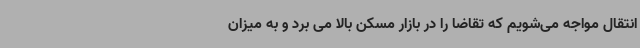
انتقال مواجه می‌شویم که تقاضا را در بازار مسکن بالا می برد و به میزان